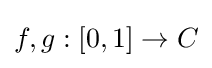
f,g:[0,1]\to C